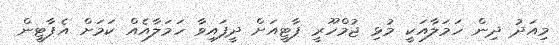
މިއަދު ދިން ހަމަލާއަކީ މުޅި ޖުމްހޫރީ ޕާޓީއަށް ދީފައިވާ ހަމަލާއެއް ކަމަށް އެޕާޓީން